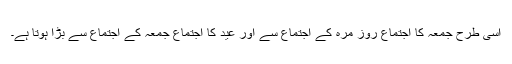
اسی طرح جمعہ کا اجتماع روز مرہ کے اجتماع سے اور عید کا اجتماع جمعہ کے اجتماع سے بڑا ہوتا ہے۔